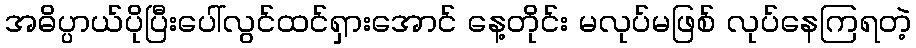
အဓိပ္ပာယ်ပိုပြီးပေါ်လွင်ထင်ရှားအောင် နေ့တိုင်း မလုပ်မဖြစ် လုပ်နေကြရတဲ့